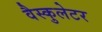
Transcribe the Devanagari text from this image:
वैस्कुलेटर